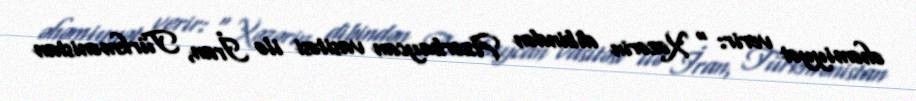
əhəmiyyət verir: " Xəzərin dibindən Azərbaycan vasitəsi ilə İran, Türkmənistan